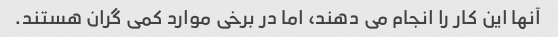
آنها این کار را انجام می دهند، اما در برخی موارد کمی گران هستند.